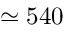
\simeq 5 4 0